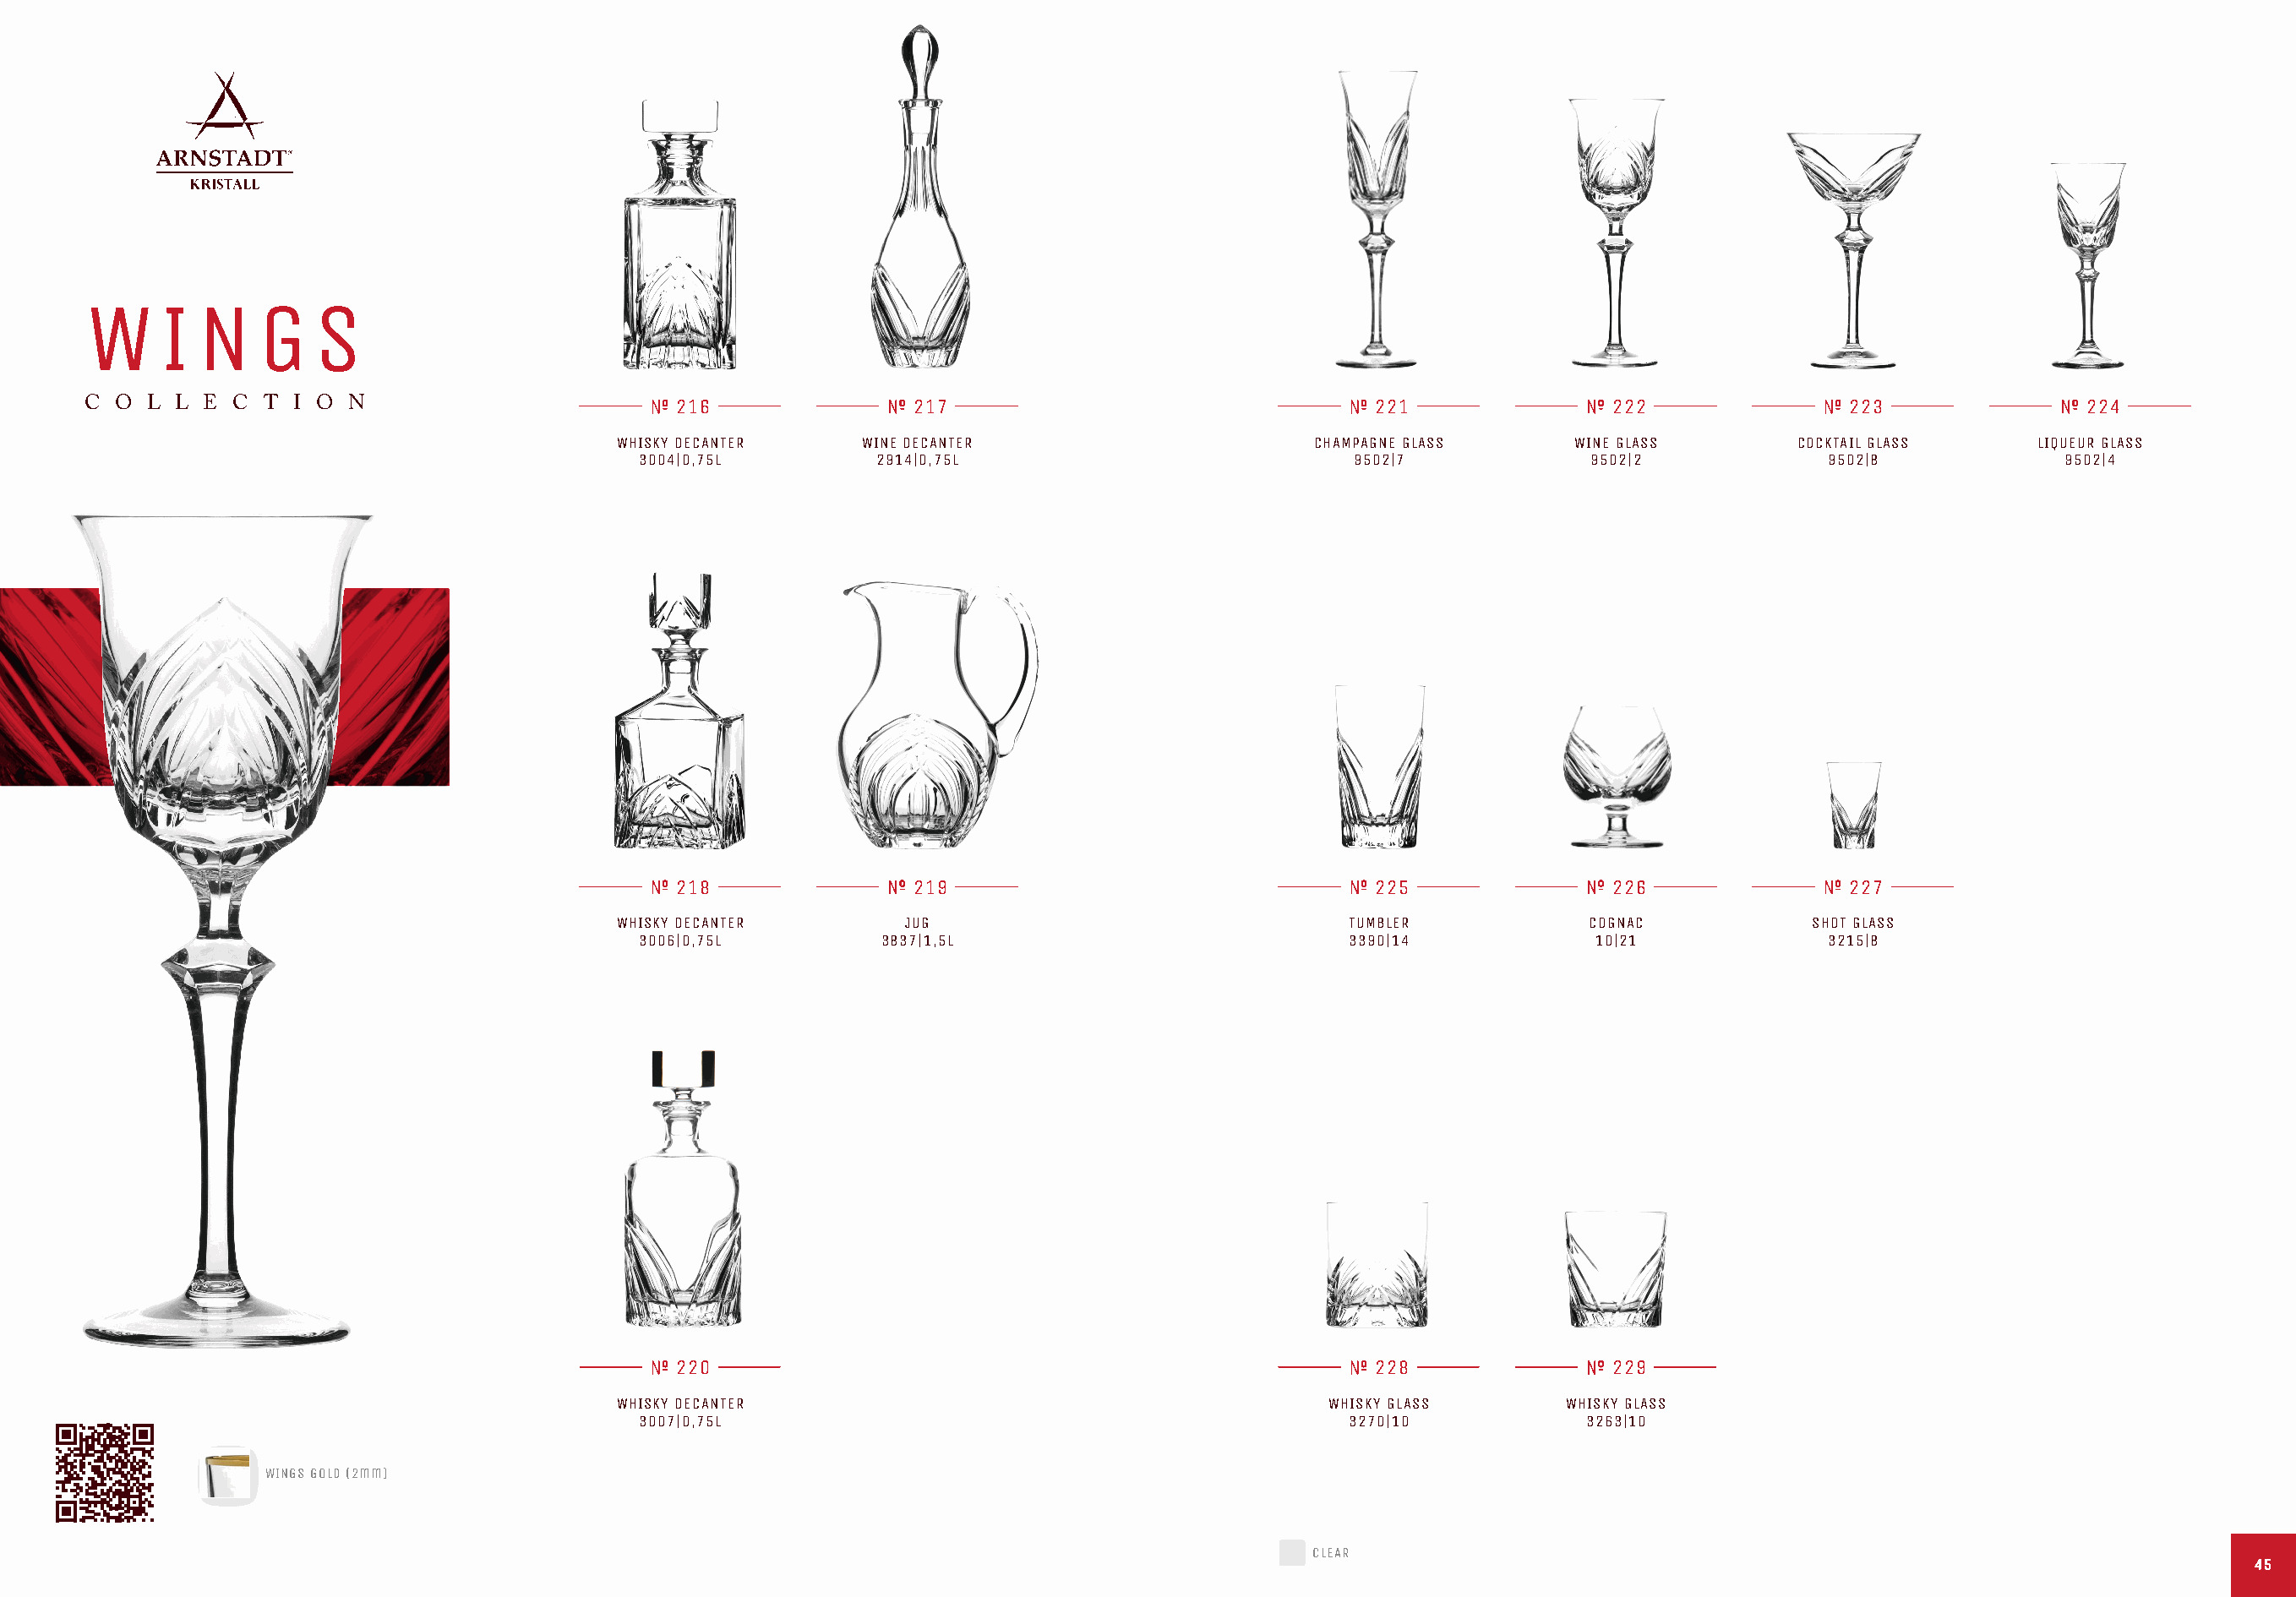
W     I N    G    S
 C O  L L E C  T I O N                         216                217                                 221               222                223               224
 WHISKY DECANTER     WINE DECANTER                      CHAMPAGNE GLASS     WINE GLASS        COCKTAIL GLASS     LIQUEUR GLASS
 3004|0,75L         2914|0,75L                           9502|7             9502|2            9502|8             9502|4
 218                219                                 225               226                227
 WHISKY DECANTER        JUG                                TUMBLER           COGNAC            SHOT GLASS
 3006|0,75L         3837|1,5L                            3390|14            10|21             3215|8
 220                                                    228               229
 WHISKY DECANTER                                         WHISKY GLASS       WHISKY GLASS
 3007|0,75L                                              3270|10           3263|10
 WINGS GOLD (2mm)
 CLEAR
 4455